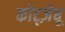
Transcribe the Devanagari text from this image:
कोट्ज़ेबू